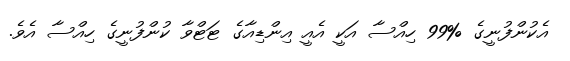
އެކުންފުނީގެ %99 ހިއްސާ އަކީ އެއީ އިންޑިއާގެ ޓަޓްވާ ކުންފުނީގެ ހިއްސާ އެވެ.